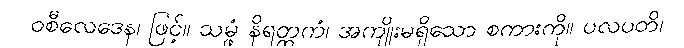
ဝစီလေဒေန၊ ဖြင့်။ သမ္ဖံ နိရတ္ထကံ၊ အကျိုးမရှိသော စကားကို။ ပလပတိ၊